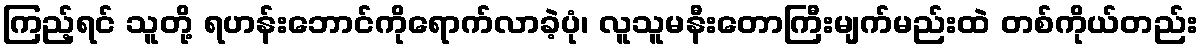
ကြည့်ရင် သူတို့ ရဟန်းဘောင်ကိုရောက်လာခဲ့ပုံ၊ လူသူမနီးတောကြီးမျက်မည်းထဲ တစ်ကိုယ်တည်း